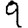
Digit: 9